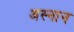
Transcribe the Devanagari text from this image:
अस्नान